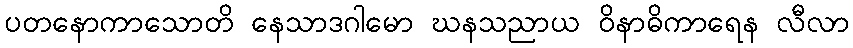
ပတနောကာသောတိ နေသာဒဂါမော ဃနသညာယ ဝိနာဓိကာရေန လီလာ